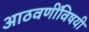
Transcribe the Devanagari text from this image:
आठवणींविषयी